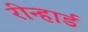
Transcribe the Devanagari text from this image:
रीन्हार्ड